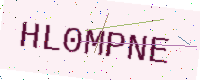
Text: HL0MPNE